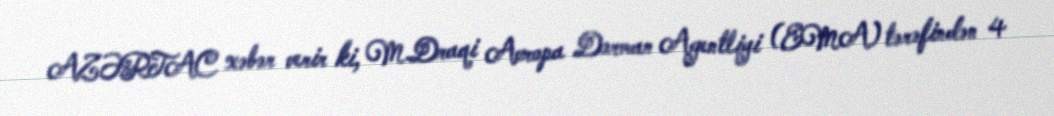
AZƏRTAC xəbər verir ki, M.Draqi Avropa Dərman Agentliyi (EMA) tərəfindən 4